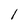
Character: l